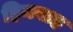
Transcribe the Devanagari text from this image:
हिमवाह